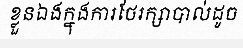
ខ្លួនឯងក្នុងការថែរក្សាបាល់ដូច